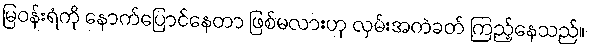
မြဝန်းရံကို နောက်ပြောင်နေတာ ဖြစ်မလားဟု လှမ်းအကဲခတ် ကြည့်နေသည်။